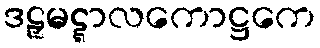
ဒဠှမဋ္ဋာလကောဋ္ဌကေ